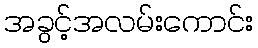
အခွင့်အလမ်းကောင်း